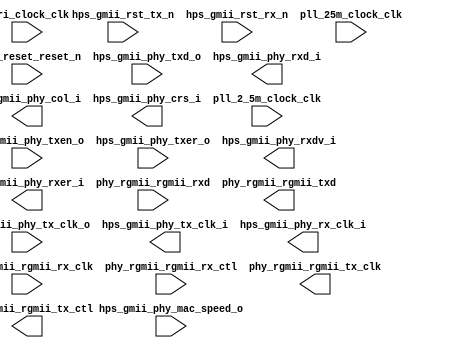

module hps_gmii (
	peri_clock_clk,
	peri_reset_reset_n,
	hps_gmii_phy_tx_clk_o,
	hps_gmii_rst_tx_n,
	hps_gmii_rst_rx_n,
	hps_gmii_phy_txd_o,
	hps_gmii_phy_txen_o,
	hps_gmii_phy_txer_o,
	hps_gmii_phy_mac_speed_o,
	hps_gmii_phy_tx_clk_i,
	hps_gmii_phy_rx_clk_i,
	hps_gmii_phy_rxdv_i,
	hps_gmii_phy_rxer_i,
	hps_gmii_phy_rxd_i,
	hps_gmii_phy_col_i,
	hps_gmii_phy_crs_i,
	phy_rgmii_rgmii_rx_clk,
	phy_rgmii_rgmii_rxd,
	phy_rgmii_rgmii_rx_ctl,
	phy_rgmii_rgmii_tx_clk,
	phy_rgmii_rgmii_txd,
	phy_rgmii_rgmii_tx_ctl,
	pll_25m_clock_clk,
	pll_2_5m_clock_clk);	

	input		peri_clock_clk;
	input		peri_reset_reset_n;
	input		hps_gmii_phy_tx_clk_o;
	input		hps_gmii_rst_tx_n;
	input		hps_gmii_rst_rx_n;
	input	[7:0]	hps_gmii_phy_txd_o;
	input		hps_gmii_phy_txen_o;
	input		hps_gmii_phy_txer_o;
	input	[1:0]	hps_gmii_phy_mac_speed_o;
	output		hps_gmii_phy_tx_clk_i;
	output		hps_gmii_phy_rx_clk_i;
	output		hps_gmii_phy_rxdv_i;
	output		hps_gmii_phy_rxer_i;
	output	[7:0]	hps_gmii_phy_rxd_i;
	output		hps_gmii_phy_col_i;
	output		hps_gmii_phy_crs_i;
	input		phy_rgmii_rgmii_rx_clk;
	input	[3:0]	phy_rgmii_rgmii_rxd;
	input		phy_rgmii_rgmii_rx_ctl;
	output		phy_rgmii_rgmii_tx_clk;
	output	[3:0]	phy_rgmii_rgmii_txd;
	output		phy_rgmii_rgmii_tx_ctl;
	input		pll_25m_clock_clk;
	input		pll_2_5m_clock_clk;
endmodule